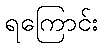
ရကြောင်း